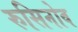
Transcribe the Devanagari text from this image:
रुसिनोव